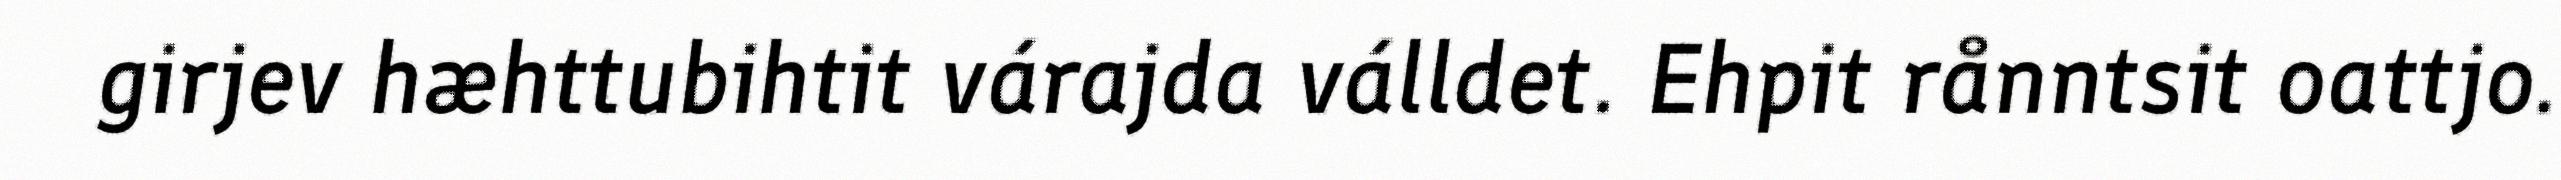
girjev hæhttubihtit várajda válldet. Ehpit rånntsit oattjo.